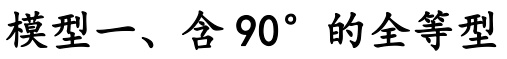
模型一、含\(90^{\circ}\)的全等型